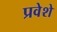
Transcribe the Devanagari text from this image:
प्रवेशे